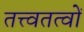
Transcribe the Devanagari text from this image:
तत्त्वतत्वों